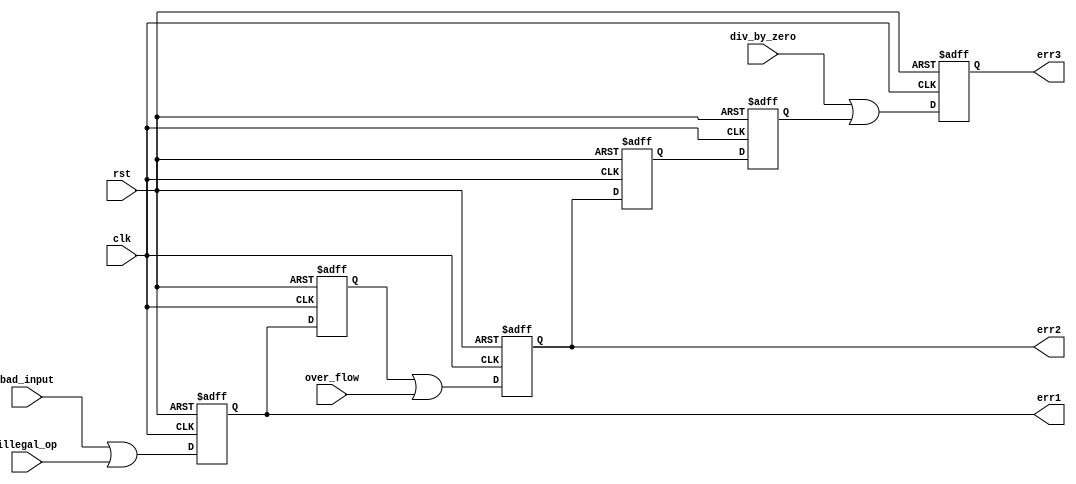
module PipelineLab(
    input  wire clk,
    input  wire rst,
    input  wire bad_input,
    input  wire illegal_op,
    input  wire over_flow,
    input  wire div_by_zero,
    output reg  err1,
    output reg  err2,
    output reg  err3
);

reg err1int, err2int, err22int;
always @(posedge clk or negedge rst) begin
if(!rst) begin
  err1     <= 1'b0;
  err2     <= 1'b0;
  err3     <= 1'b0;
  err1int  <= 1'b0;
  err2int  <= 1'b0;
  err22int <= 1'b0;
end
else begin
  err1     <= bad_input || illegal_op;
  err1int  <= err1;
  err2     <= err1int || over_flow;
  err2int  <= err2;
  err22int <= err2int;
  err3     <= div_by_zero || err22int;
end
  
end

endmodule